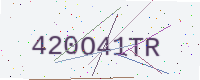
Text: 420O41TR